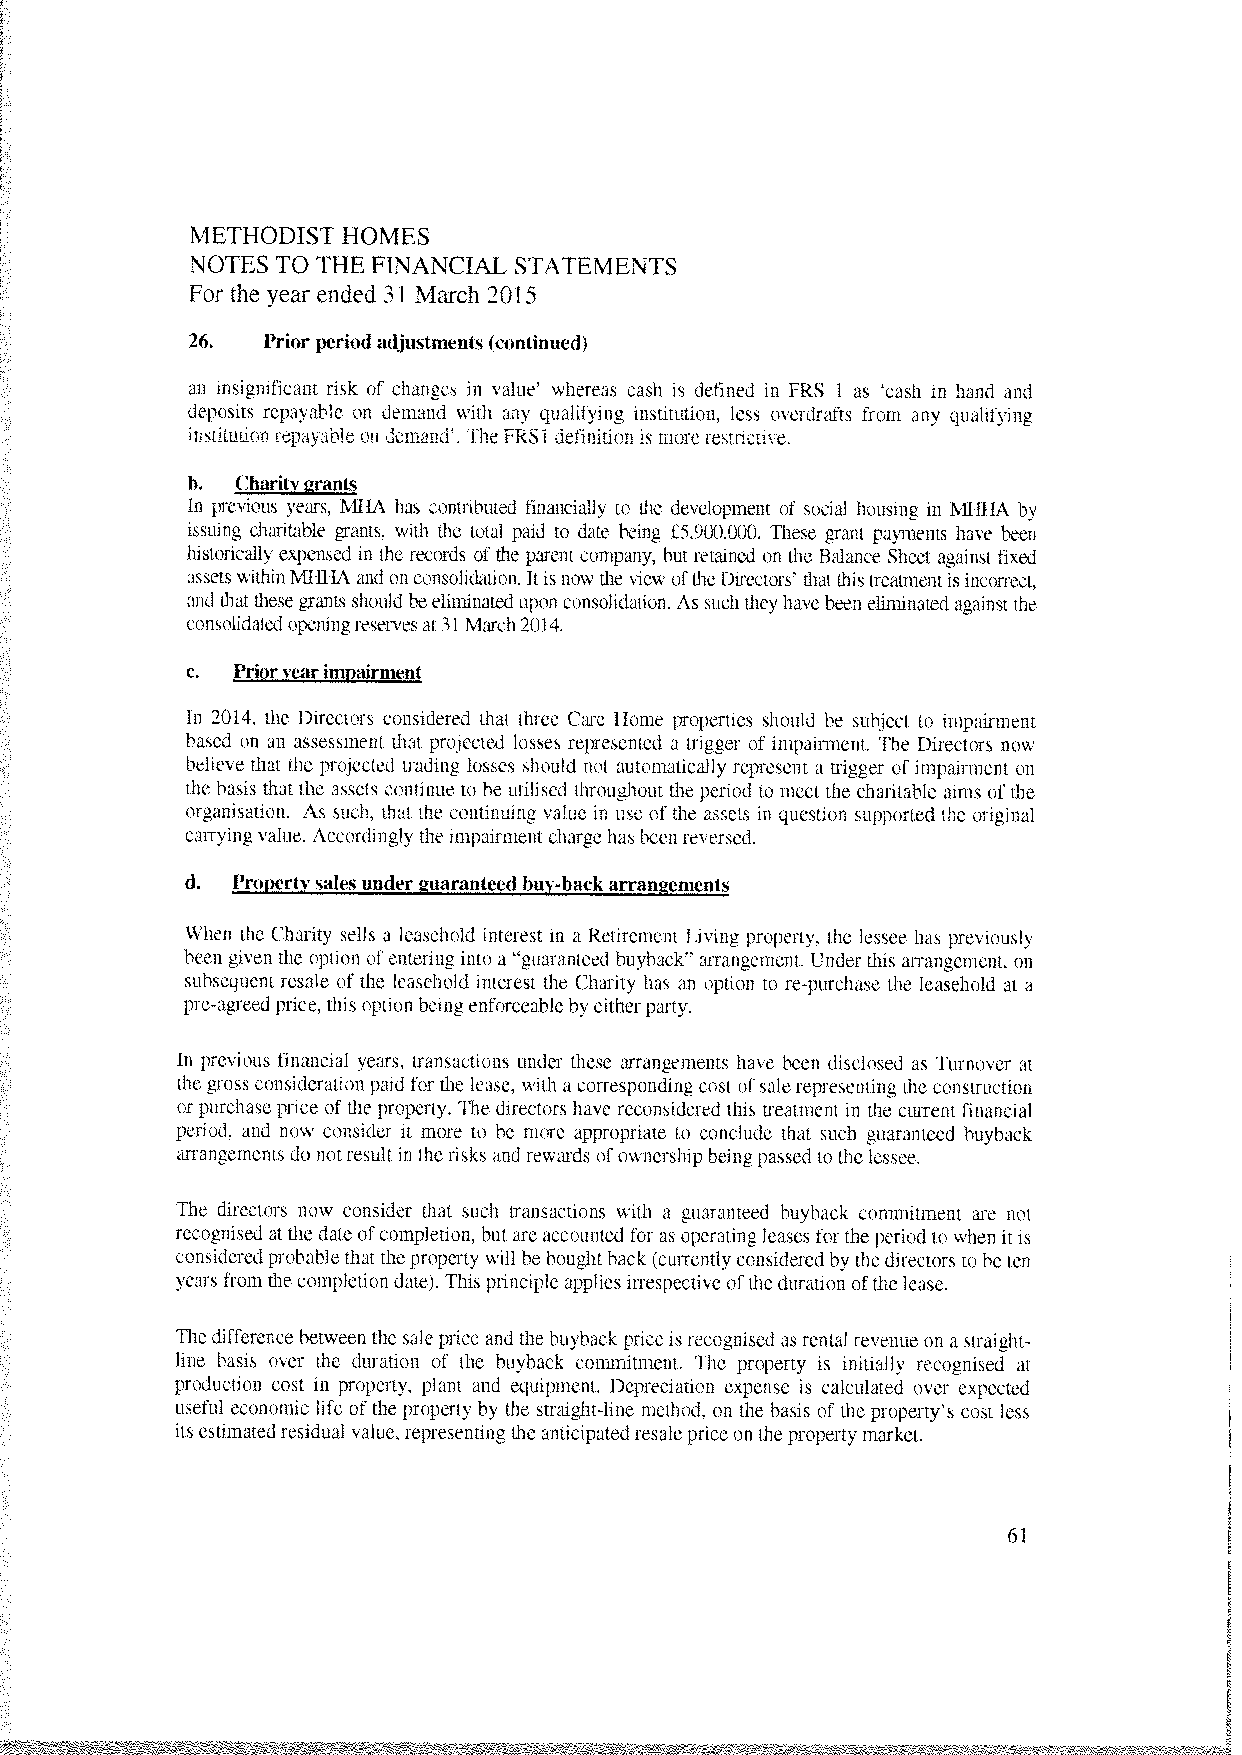
METHODIST HOMES
 NOTES TO THE FINANCIAL STATEMENTS
 For the year ended 3 1 March 2015
 26.  Prior period adjustments (continued)
 an insignificant risk of changes in value’ whereas cash is defined in IRS 1 as ‘cash in hand and
 deposits repayable on demand with any qualifying institution, less overdrafts from any qualifying
 instltution repayable on demand’. The FRS1 definition is more restrictive.
 b. Charitygrants
 In previous years, MHA has contributed financially to the development of social housing in MHHA by
 issuing charitable grants, with the total paid to date being £5,900,000. These grant payments have been
 historically expensed in the records of the parent company. hut retained on the Balance Sheet against fixed
 assets within Mill-IA and on consolidation. It is nowthe view oftheDirectors’ thatthis treatmentis incorrect.
 and that these grants should be eliminatedupon consolidation. As such they have been eliminated against the
 consolidated openingreservesat 31 March 2014.
 c.  Priorsearimpairment
 In 2014. the Directors considered that three Care home properties should he subject to impairment
 based on an assessment that projected losses represented a trigger of impairment. The Directors now
 believe that the projected trading losses should not automatically represent a trigger of impairment on
 the basis that the assets continue to he utilised throughout the period to meet the charitable aims of the
 organisation. As such, that the continuing value in use of the assets in question supported the original
 carrying value. Accordingly the impairment charge has been reversed.
 d. Propertysales under guaranteed buy-backarraaaements
 When the Charity sells a leasehold interest in a Retirement Living property, the lessee has previously
 been given the option ofentering into a “guaranteed huyback” arrangement. Under this arrangement. on
 subsequent resale of the leasehold interest the Charity has an option to re-purchase the leasehold at a
 pre-agreedprice, this option beingenforceableby eitherparty.
 In previous financial years. transactions under these arrangements have been disclosed as Turnover at
 the gross consideration paid for the lease, with a corresponding cost ofsale representing the construction
 or purchase price of the property, The directors have reconsideredthis treatment in the current financial
 period, and now consider it more to he more appropriate to conclude that such guaranteed huyhack
 arrangements do notresult in the risks and rewards ofownershipbeing passed to the lessee.
 The directors now consider that such transactions with a guaranteed huyhack commitment are not
 recognised at the date ofcompletion, hut are accounted for as operating leases for the period to when it is
 considered probable that theproperty will he bought back (currently consideredbythe directors to he ten
 years from the completion date). This principle applies irrespective ofthe duration ofthelease.
 The differencebetween the sale price and the huybackprice is recognised as rental revenue on a straight-
 line basis over the duration of the huyhack commitment. The property is initially recognised at
 production cost in property. plant and equipment. Depreciation expense is calculated over expected
 useful economic life of the property by the straight-line method. on the basis of the property’s cost less
 its estimated residual value, representing the anticipatedresale price on the property market.
 61